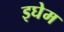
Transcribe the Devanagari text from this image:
इघेम